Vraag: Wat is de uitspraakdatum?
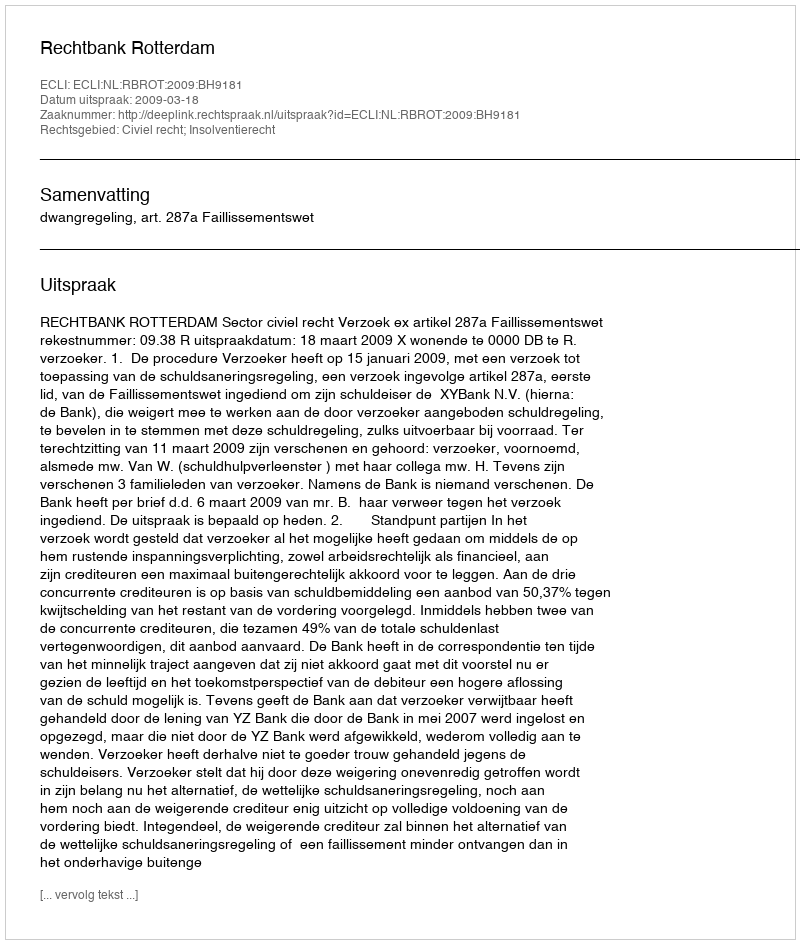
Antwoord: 2009-03-18